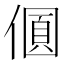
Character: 𠎡